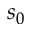
s _ { 0 }